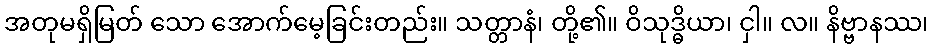
အတုမရှိမြတ် သော အောက်မေ့ခြင်းတည်း။ သတ္တာနံ၊ တို့၏။ ဝိသုဒ္ဓိယာ၊ ငှါ။ လ။ နိဗ္ဗာနဿ၊